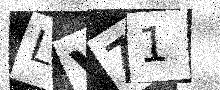
Text: LV71